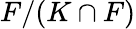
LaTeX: F/(K\cap F)